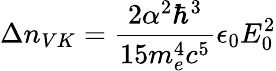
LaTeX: \Delta n_{VK}={\frac{2\alpha^{2}\hbar^{3}}{15m_{e}^{4}c^{5}}}{\epsilon_{0}E_{0}^{2}}